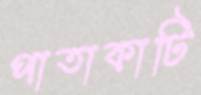
পাতাকাটি